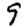
Digit: 9